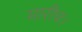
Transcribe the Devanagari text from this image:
मारीच।